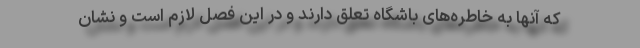
که آنها به خاطره‌های باشگاه تعلق دارند و در این فصل لازم است و نشان